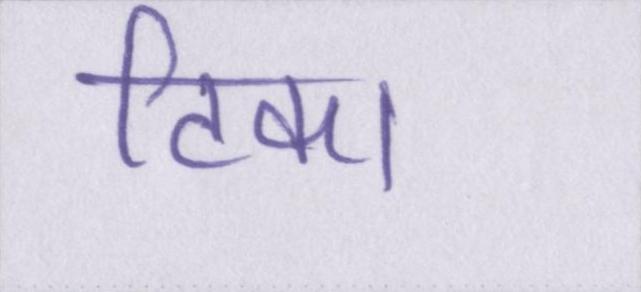
टिका